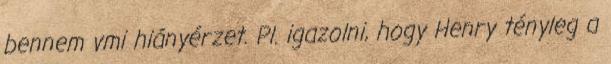
bennem vmi hiányérzet. Pl. igazolni, hogy Henry tényleg a